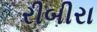
રીબીરા